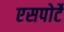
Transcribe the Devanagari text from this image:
एसपोर्टे